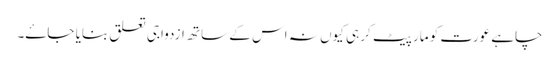
چاہے عورت کو مار پیٹ کر ہی کیوں نہ اس کے ساتھ ازدواجی تعلق بنایا جاۓ۔